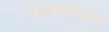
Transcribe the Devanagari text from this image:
सर्वधर्माभिसमय